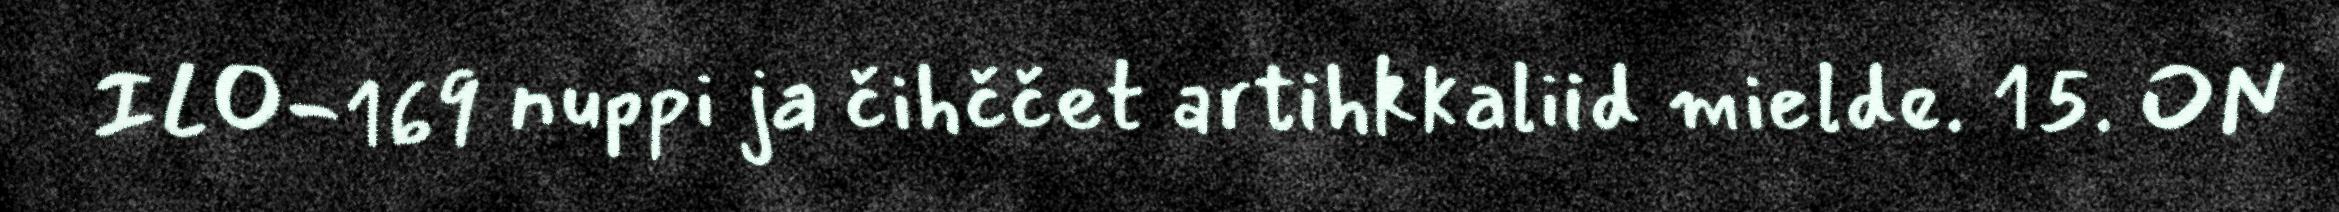
ILO-169 nuppi ja čihččet artihkkaliid mielde. 15. ON